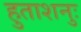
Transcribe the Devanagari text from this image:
हुताशनुः